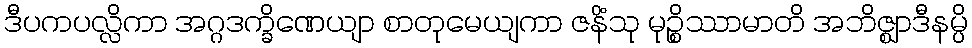
ဒီပကပလ္လိကာ အဂ္ဂဒက္ခိဏေယျာ စာတုမေယျကာ ဇနိံသု မုဉ္စိဿာမာတိ အဘိဇ္ဈာဒီနမ္ပိ